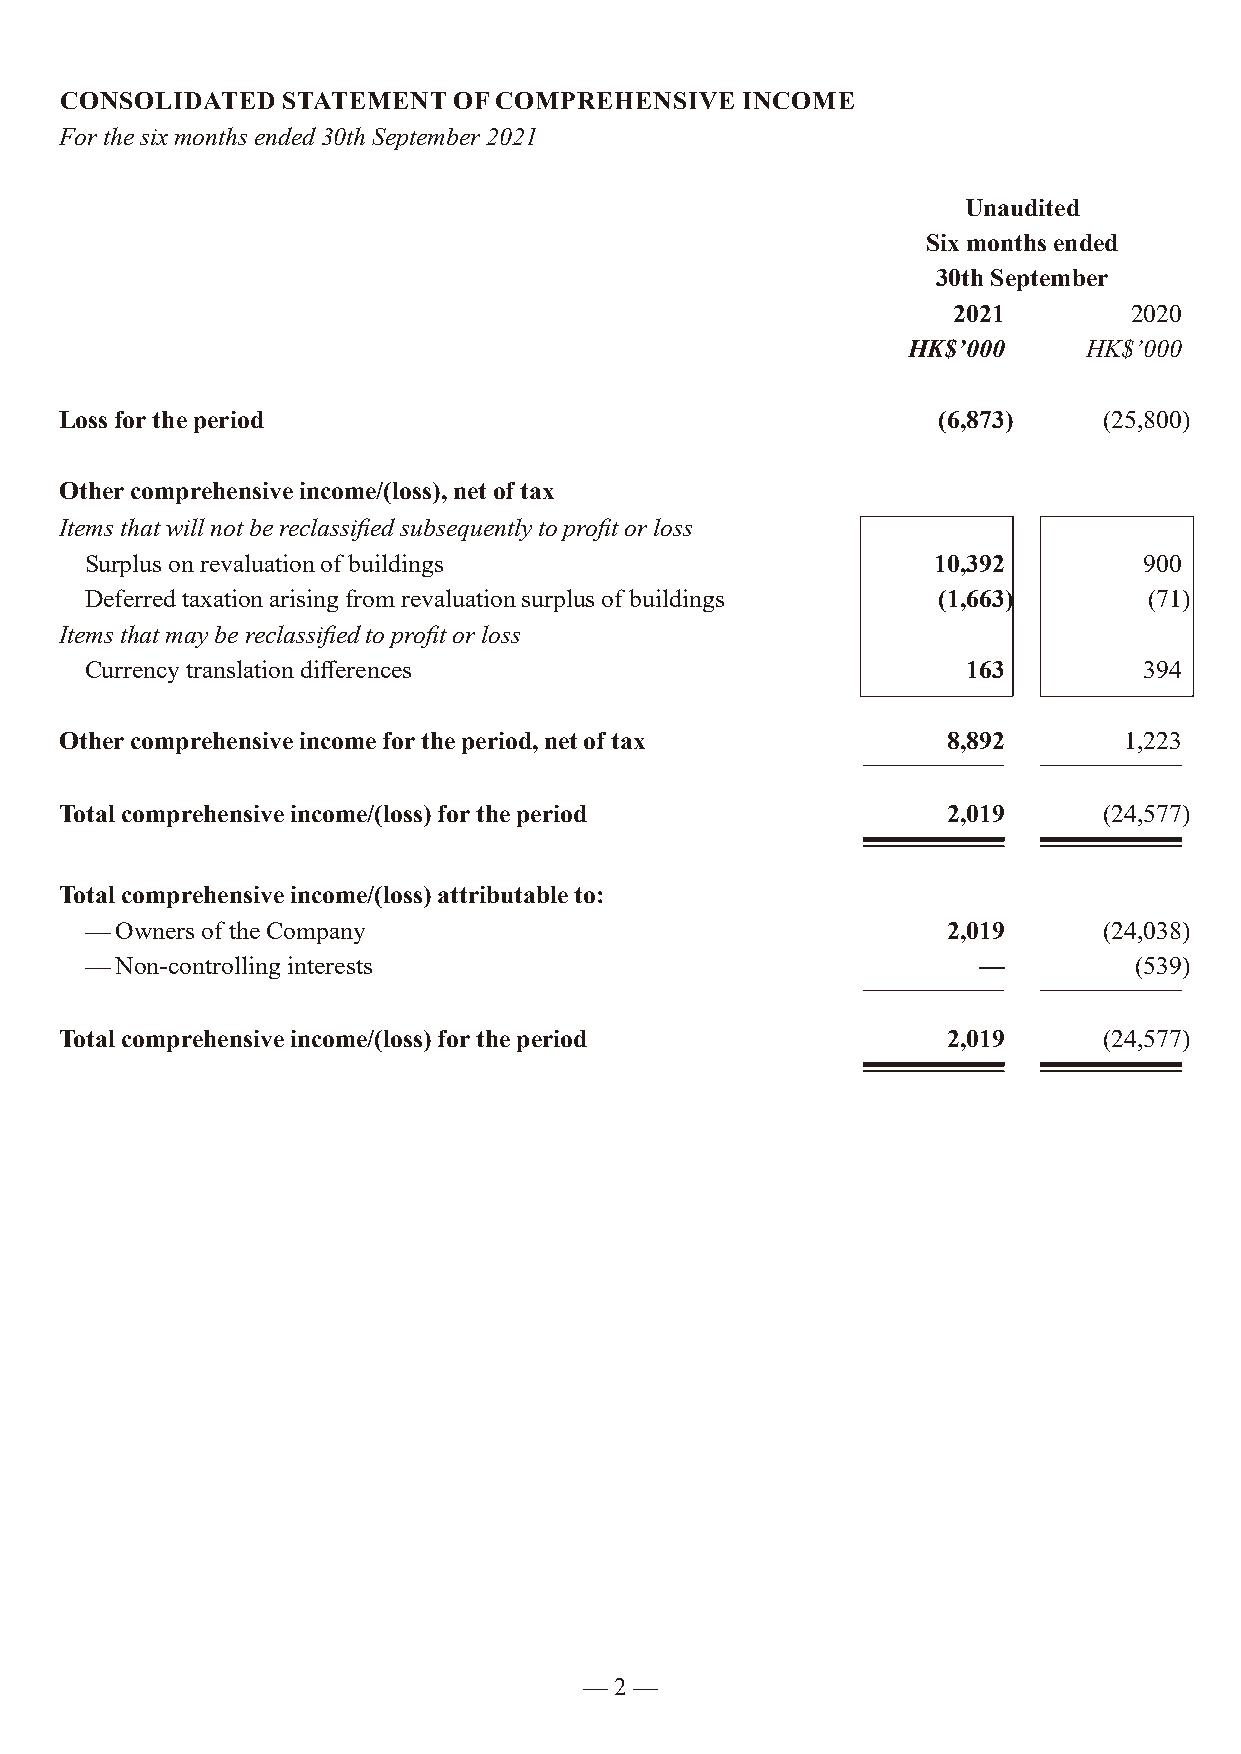
CONSOLIDATED   STATEMENT  OF COMPREHENSIVE   INCOME
 For the six months ended 30th September 2021
 Unaudited
 Six months ended
 30th September
 2021        2020
 HK$’000     HK$’000
 Loss for the period                                       (6,873)    (25,800)
 Other comprehensive income/(loss), net of tax
 Items that will not be reclassified subsequently to profit or loss
 Surplus on revaluation of buildings                     10,392        900
 Deferred taxation arising from revaluation surplus of buildings (1,663) (71)
 Items that may be reclassified to profit or loss
 Currency translation differences                          163         394
 Other comprehensive income for the period, net of tax      8,892      1,223
 Total comprehensive income/(loss) for the period           2,019     (24,577)
 Total comprehensive income/(loss) attributable to:
 — Owners of the Company                                  2,019     (24,038)
 — Non-controlling interests                                —         (539)
 Total comprehensive income/(loss) for the period           2,019     (24,577)
 — 2 —